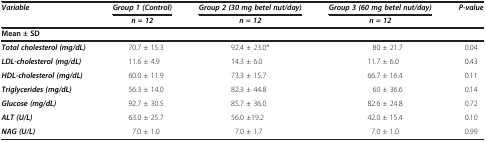
| <ROWSPAN=2> Variable | Group 1 (Control) | Group 2 (30 mg betel nut/day) | Group 3 (60 mg betel nut/day) | <ROWSPAN=2> P-value |
 | n = 12 | n = 12 | n = 12 |
 | <COLSPAN=5> Mean ± SD |
 | --- | --- | --- | --- | --- |
 | Total cholesterol (mg/dL) | 70.7 ± 15.3 | 92.4 ± 23.0* | 80 ± 21.7 | 0.04 |
 | LDL-cholesterol (mg/dL) | 11.6 ± 4.9 | 14.3 ± 6.0 | 11.7 ± 6.0 | 0.43 |
 | HDL-cholesterol (mg/dL) | 60.0 ± 11.9 | 73.3 ± 15.7 | 66.7 ± 16.4 | 0.11 |
 | Triglycerides (mg/dL) | 56.3 ± 14.0 | 82.3 ± 44.8 | 60 ± 36.6 | 0.14 |
 | Glucose (mg/dL) | 92.7 ± 30.5 | 85.7 ± 36.0 | 82.6 ± 24.8 | 0.72 |
 | ALT (U/L) | 63.0 ± 25.7 | 56.0 ±19.2 | 42.0 ± 15.4 | 0.10 |
 | NAG (U/L) | 7.0 ± 1.0 | 7.0 ± 1.7 | 7.0 ± 1.0 | 0.99 |